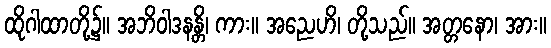
ထိုဂါထာတို့၌။ အဘိဝါဒနန္တိ၊ ကား။ အညေဟိ၊ တို့သည်။ အတ္တနော၊ အား။